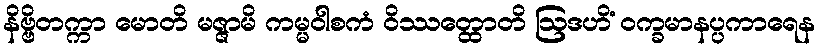
နိဗ္ဗိတက္ကာ မောတိ မဇ္ဇာမိ ကမ္မဝါစကံ ဝိဿတ္ထောတိ ဩဒဟိံ ဝက္ခမာနပ္ပကာရေန